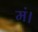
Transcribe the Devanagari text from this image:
मं।